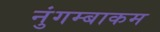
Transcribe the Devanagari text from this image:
नुंगम्बाकम